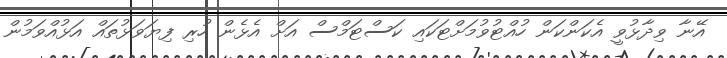
އޭނާ ވިދާޅުވީ އެކަންކަން ހުއްޓުވުމަށްޓަކައި ކަސްޓަމްސް އަށް އެޅެން ހުރި ފިޔަވަޅުތައް އަޅުއްވަމުން